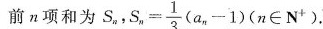
前n项和为S_{{n} $$S_{n},S_{n}= \frac{1}{3}(a_{n}-1)(n \in N^{+}$$ 。